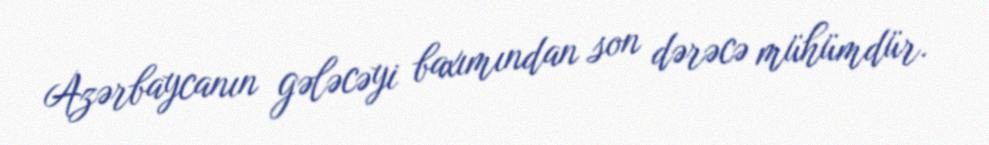
Azərbaycanın gələcəyi baxımından son dərəcə mühümdür.